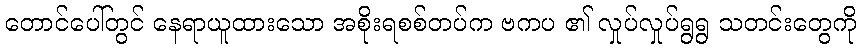
တောင်ပေါ်တွင် နေရာယူထားသော အစိုးရစစ်တပ်က ဗကပ ၏ လှုပ်လှုပ်ရွရွ သတင်းတွေကို